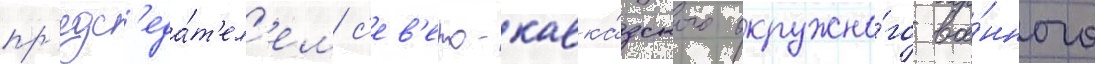
пр'едс'еда́т'ел'ем с'ев'еро-кавка́зского окружно́го вое́нного